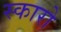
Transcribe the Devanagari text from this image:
स्कारो